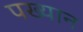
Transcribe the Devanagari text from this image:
पख्यान